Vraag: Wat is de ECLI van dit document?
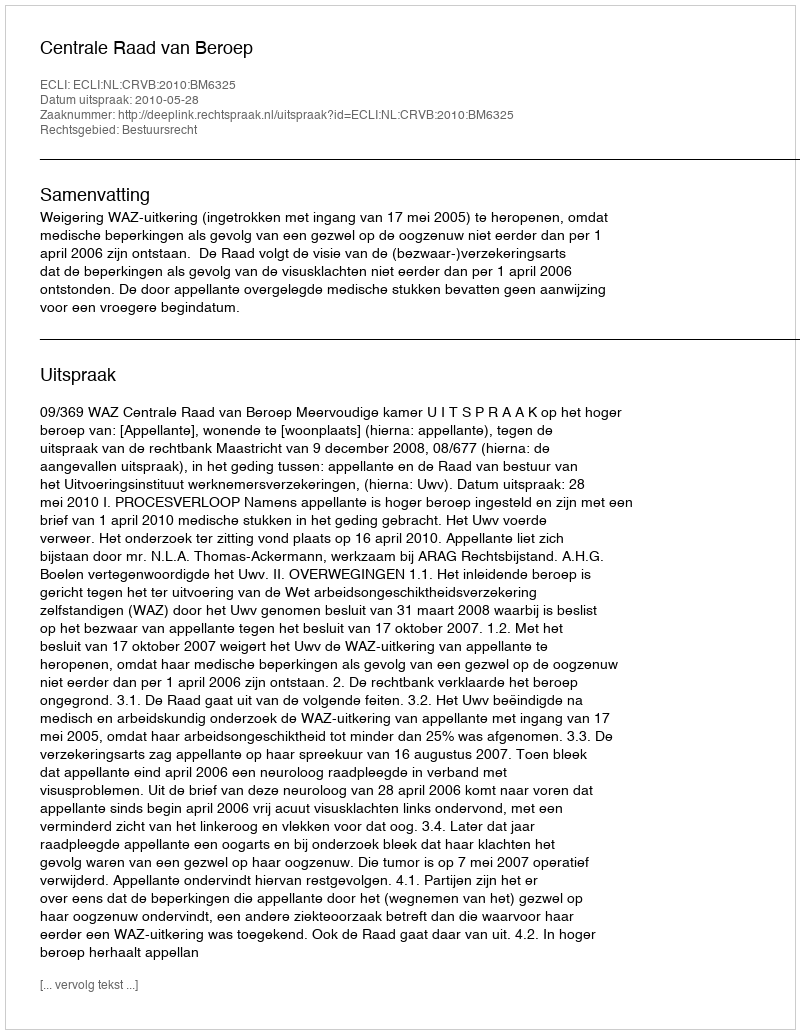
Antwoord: ECLI:NL:CRVB:2010:BM6325